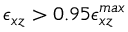
\epsilon _ { x z } > 0 . 9 5 \epsilon _ { x z } ^ { m a x }